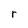
Character: r